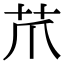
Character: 𦬔